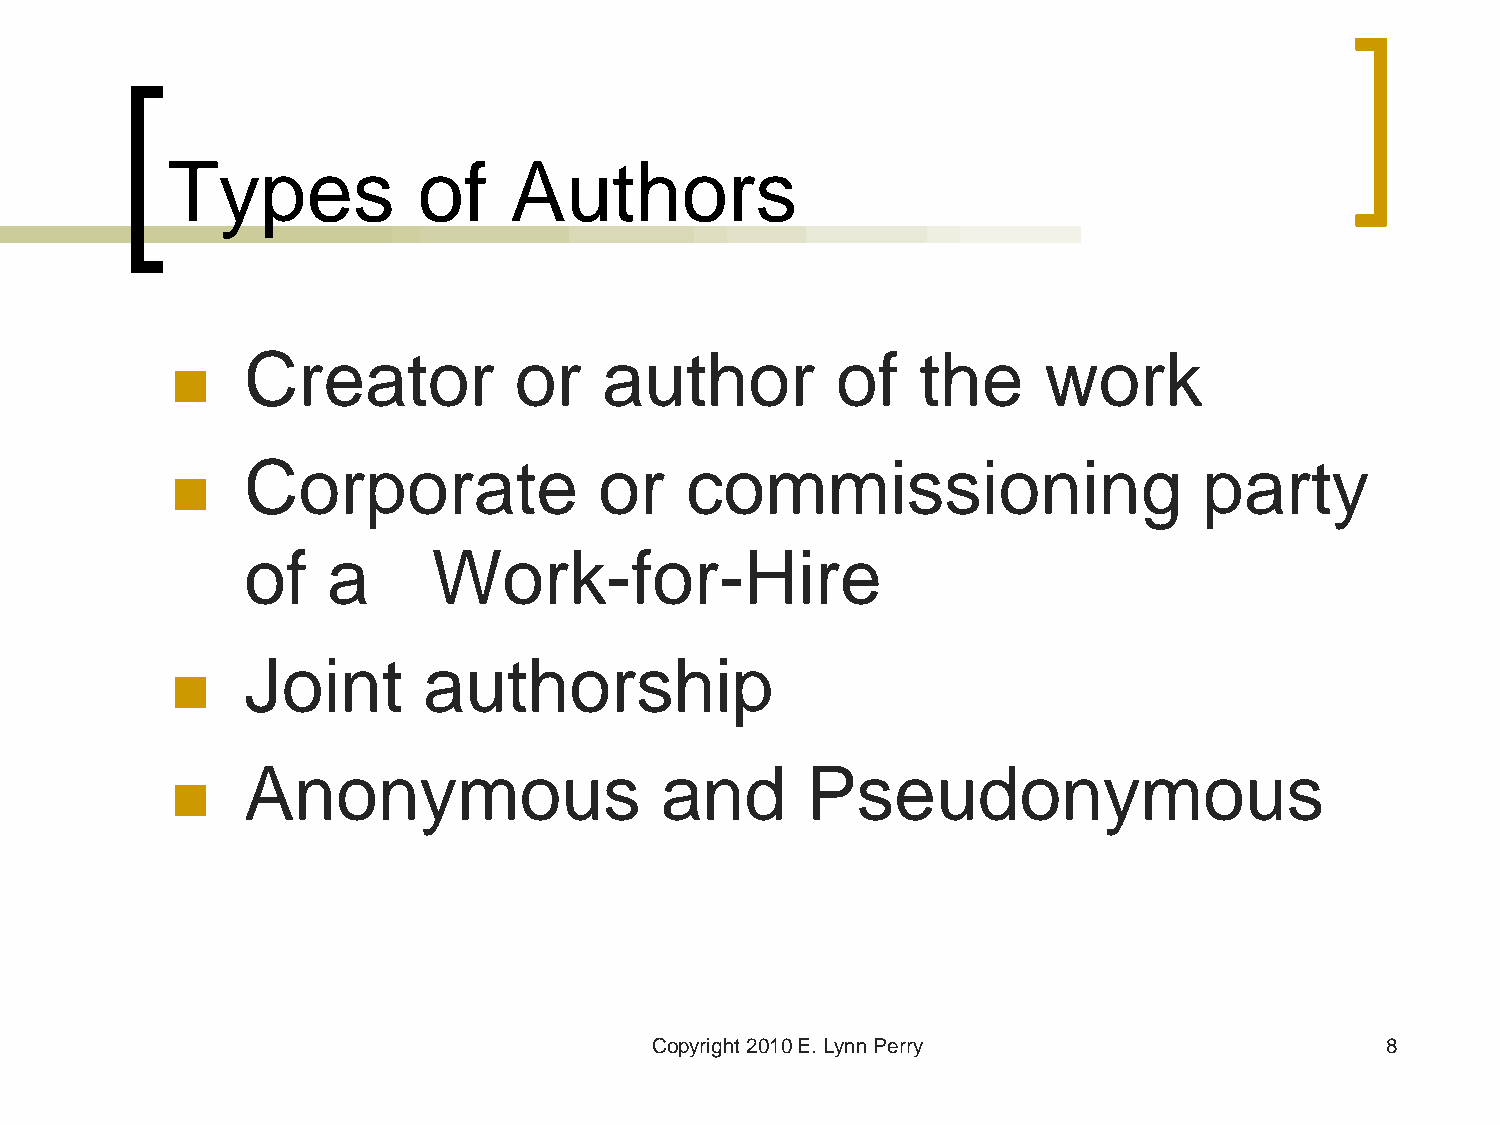
Types            of    Authors
 Creator           or    author         of    the     work
 
 Corporate               or   commissioning                      party
 
 of    a      Work-for-Hire
 Joint       authorship
 
 Anonymous                   and      Pseudonymous
 
 Copyright 2010 E. Lynn Perry                     8